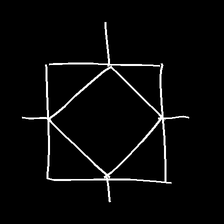
Glyph: light